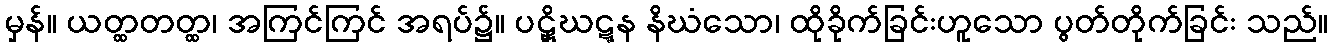
မှန်။ ယတ္ထတတ္ထ၊ အကြင်ကြင် အရပ်၌။ ပဋှိဃဋ္ဋန နိဃံသော၊ ထိုခိုက်ခြင်းဟူသော ပွတ်တိုက်ခြင်း သည်။